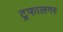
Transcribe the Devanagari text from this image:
ट्रफालगर